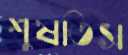
শুষতিস